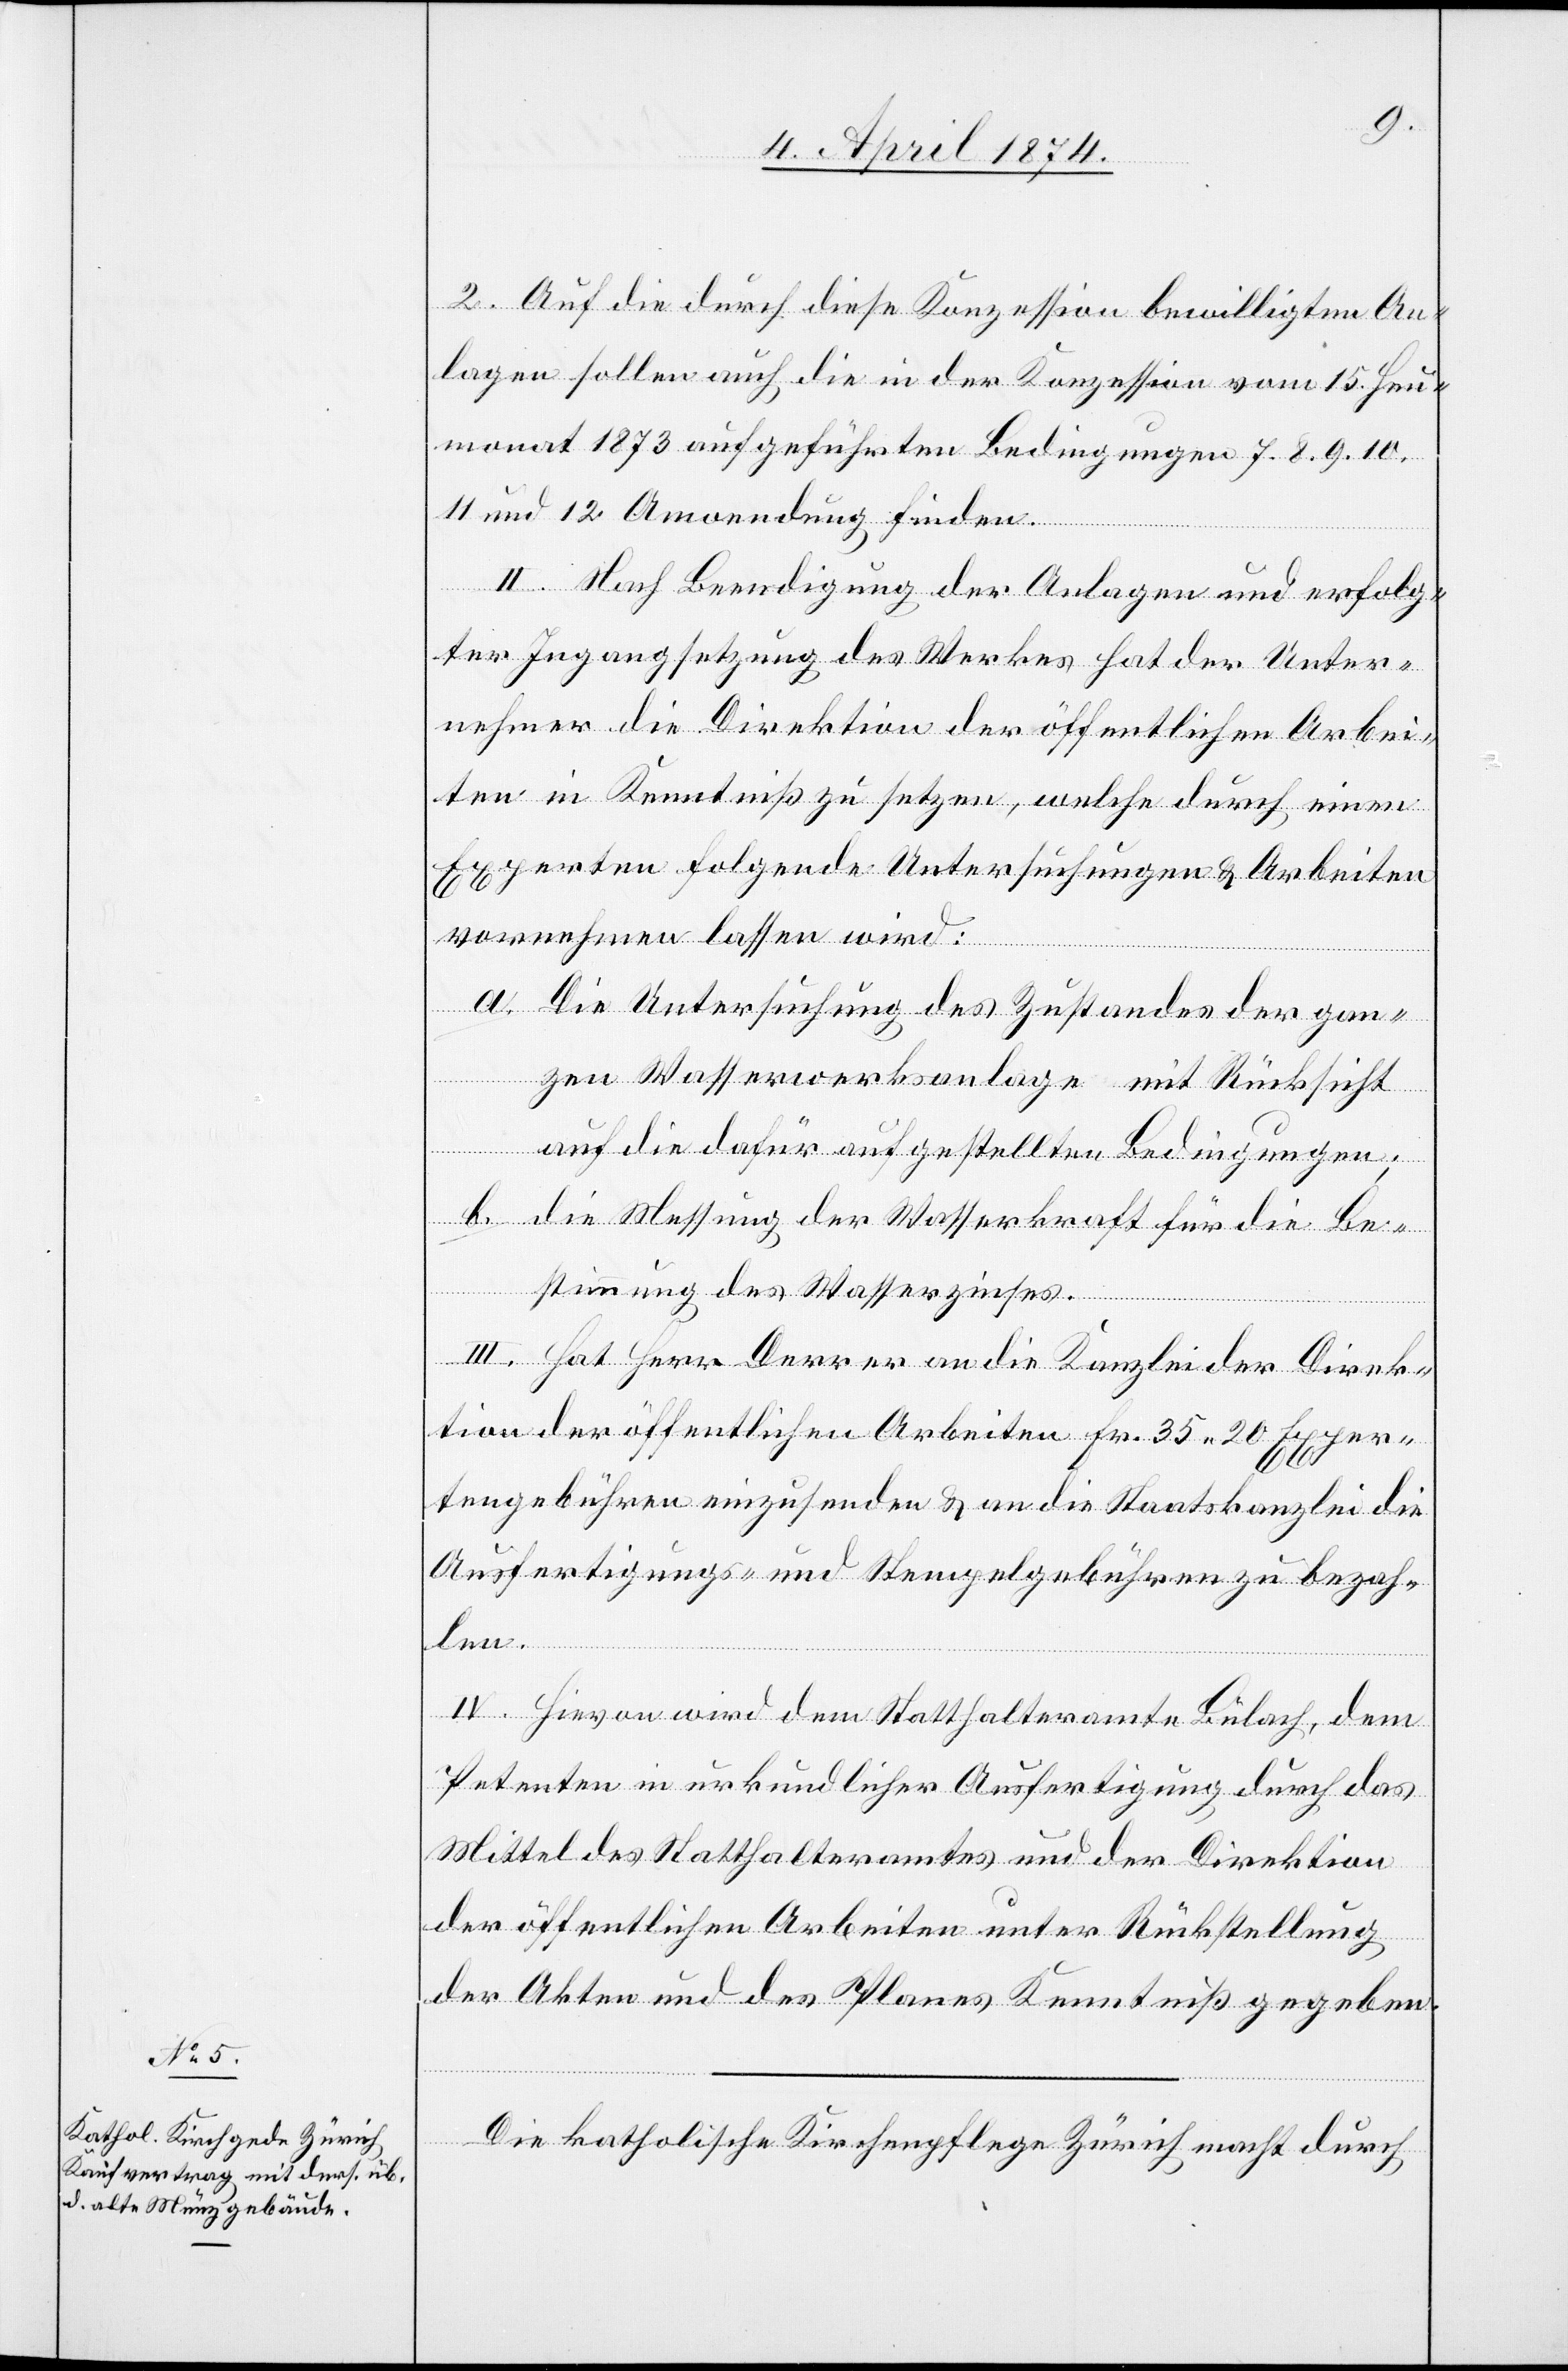
2. Auf die durch diese Konzession bewilligten An¬
lagen sollen auch die in der Konzession vom 15. Heu¬
monat 1873 aufgeführten Bedingungen 7. 8. 9. 10.
11. und 12. Anordnung finden.
II. Nach Beendigung der Anlagen und erfolg¬
ter Ingangsetzung des Werkes hat der Unter¬
nehmer die Direktion der öffentlichen Arbei¬
ten in Kenntniß zu setzen, welche durch einen
Experten folgende Untersuchungen u. Arbeiten
vornehmen lassen wird:
a. Die Untersuchung des Zustandes der gan¬
zen Wasserwerksanlage mit Rücksicht
auf die dafür aufgestellten Bedingungen;
b. die Messung der Wasserkraft für die Be¬
stimmung des Wasserzinses.
III. Hat Herr Derrer an die Kanzlei der Direk¬
tion der öffentlichen Arbeiten Fr. 35.20 Exper¬
tengebühren einzusenden u. an die Staatskanzlei die
Ausfertigungs- und Stempelgebühren zu bezah¬
len.
IV. Hievon wird dem Statthalteramte Bülach, dem
Petenten in urkundlicher Ausfertigung durch das
Mittel des Statthalteramtes und der Direktion
der öffentlichen Arbeiten unter Rückstellung
der Akten und des Planes Kenntniß gegeben.
Die katholische Kirchenpflege Zürich macht durch